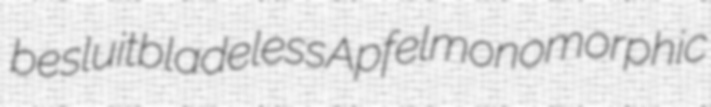
besluit bladeless Apfel monomorphic